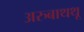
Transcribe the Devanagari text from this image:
अरुबाथथू